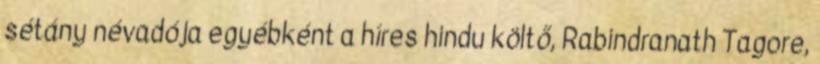
sétány névadója egyébként a híres hindu költő, Rabindranath Tagore,